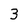
Character: 3